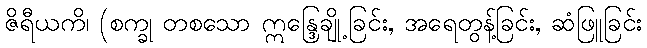
ဇိရီယကိ၊ (စက္ခု တစသော ဣန္ဒြေချို့ခြင်း, အရေတွန့်ခြင်း, ဆံဖြူခြင်း